Indian journal of veterinary science and animal husbandry - Volume 5,
Year: 1935
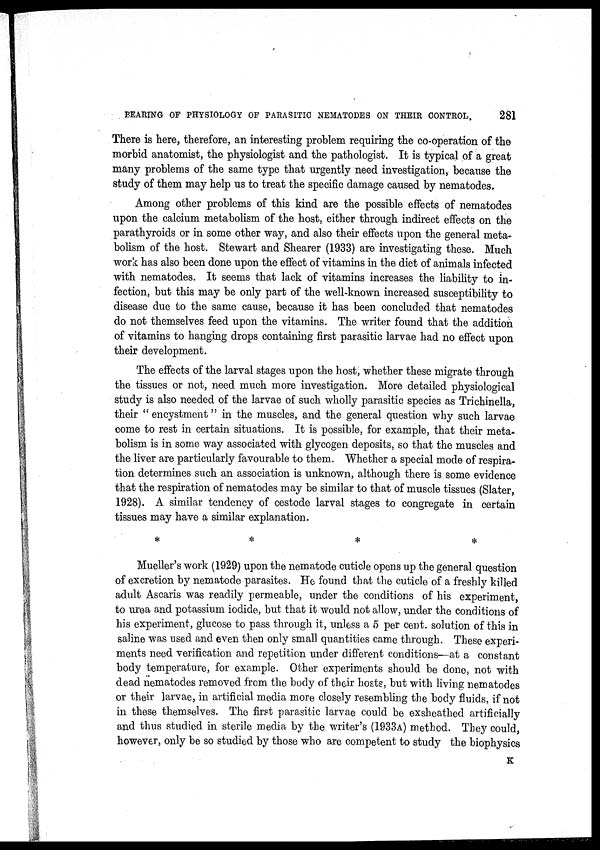
BEARING OF PHYSIOLOGY OF PARASITIC NEMATODES ON THEIR CONTROL.
281
There is here, therefore, an interesting problem requiring the co-operation of the
morbid anatomist, the physiologist and the pathologist. It is typical of a great
many problems of the same type that urgently need investigation, because the
study of them may help us to treat the specific damage caused by nematodes.
Among other problems of this kind are the possible effects of nematodes
upon the calcium metabolism of the host, either through indirect effects on the
parathyroids or in some other way, and also their effects upon the general meta-
bolism of the host. Stewart and Shearer (1933) are investigating these. Much
work has also been done upon the effect of vitamins in the diet of animals infected
with nematodes. It seems that lack of vitamins increases the liability to in-
fection, but this may be only part of the well-known increased susceptibility to
disease due to the same cause, because it has been concluded that nematodes
do not themselves feed upon the vitamins. The writer found that the addition
of vitamins to hanging drops containing first parasitic larvae had no effect upon
their development.
The effects of the larval stages upon the host, whether these migrate through
the tissues or not, need much more investigation. More detailed physiological
study is also needed of the larvae of such wholly parasitic species as Trichinella,
their " encystment" in the muscles, and the general question why such larvae
come to rest in certain situations. It is possible, for example, that their meta-
bolism is in some way associated with glycogen deposits, so that the muscles and
the liver are particularly favourable to them. Whether a special mode of respira-
tion determines such an association is unknown, although there is some evidence
that the respiration of nematodes may be similar to that of muscle tissues (Slater,
1928). A similar tendency of cestode larval stages to congregate in certain
tissues may have a similar explanation.
*
*
*
*
Mueller's work (1929) upon the nematode cuticle opens up the general question
of excretion by nematode parasites. He found that the cuticle of a freshly killed
adult Ascaris was readily permeable, under the conditions of his experiment,
to urea and potassium iodide, but that it would not allow, under the conditions of
his experiment, glucose to pass through it, unless a 5 per cent. solution of this in
saline was used and even then only small quantities came through. These experi-
ments need verification and repetition under different conditions—at a constant
body temperature, for example. Other experiments should be done, not with
dead nematodes removed from the body of their hosts, but with living nematodes
or their larvae, in artificial media more closely resembling the body fluids, if not
in these themselves. The first parasitic larvae could be exsheathed artificially
and thus studied in sterile media by the writer's (1933A) method. They could,
however, only be so studied by those who are competent to study the biophysics
K